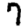
Digit: 7